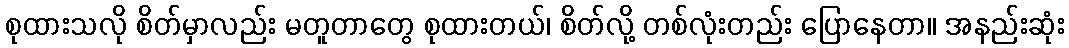
စုထားသလို စိတ်မှာလည်း မတူတာတွေ စုထားတယ်၊ စိတ်လို့ တစ်လုံးတည်း ပြောနေတာ။ အနည်းဆုံး